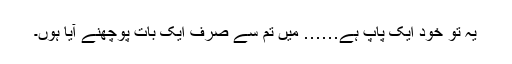
یہ تو خود ایک پاپ ہے…… میں تم سے صرف ایک بات پوچھنے آیا ہوں۔